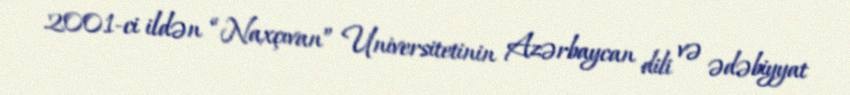
2001-ci ildən “Naxçıvan” Universitetinin Azərbaycan dili və ədəbiyyat